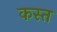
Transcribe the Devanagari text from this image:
कस्त